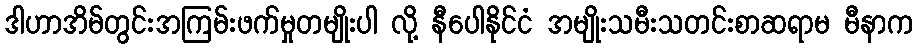
ဒါဟာအိမ်တွင်းအကြမ်းဖက်မှုတမျိုးပါ လို့ နီပေါနိုင်ငံ အမျိုးသမီးသတင်းစာဆရာမ မီနာက